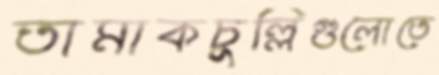
তামাকচুল্লিগুলোতে